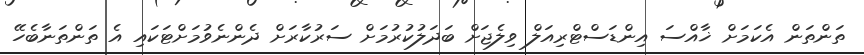
ތަންތަން އެކަމަށް ޚާއްސަ އިންޑަސްޓްރިއަލް ވިލެޖަށް ބަދަލުކުރުމަށް ސަރުކާރަށް ދެންނެވުމަށްޓަކައި އެ ތަންތަނާބެހޭ